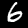
Label: 6